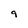
Character: 9